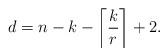
LaTeX: \begin{align*}d = n-k-\left\lceil\frac{k}{r}\right\rceil +2.\end{align*}